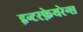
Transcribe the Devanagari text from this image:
इन्टरफ़ेयरेन्स